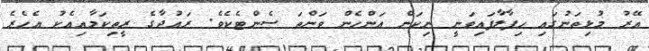
އޭރު މުޅިތަނުގައި ހިފާލާފައިވަނީ ނިކަން އަންހެން ވަންތަ ސެންޓެކެވެ. ރައުދާގެ ރީތިކަމާއިއެކު އެހެރެ